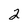
Character: 2